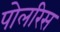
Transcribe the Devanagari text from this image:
पोलरिस